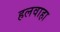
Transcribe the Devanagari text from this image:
हलवाहा